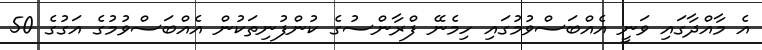
އެ މާއްދާގައި ވަނީ އެއްބަސްވުމުގައި ހިމެނޭ ފްރާންސުގެ ކުންފުނިތަކުން އެއްބަސްވުމުގެ އަގުގެ 50